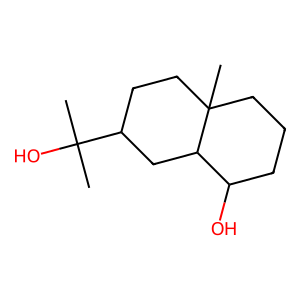
SMILES: CC(C)(O)C1CCC2(C)CCCC(O)C2C1
Inhibits HIV replication: No